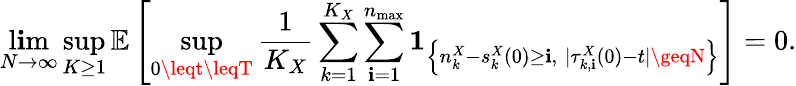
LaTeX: \operatorname*{l\mathbf{i}m}_{N\to\infty}\operatorname*{sup}_{K\geq1}\mathbb{{E}}\left[\operatorname*{sup}_{0\leqt\leqT}\frac{{1}}{{K_{X}}}\sum_{k=1}^{K_{X}}\sum_{\mathbf{i}=1}^{n_{\operatorname*{max}}}\mathbf{{1}}_{\left\{ n_{k}^{X}-s_{k}^{X}(0)\geq\mathbf{i},\; |\tau_{k,\mathbf{i}}^{X}(0)-t|\geqN\right\} }\right]=0.